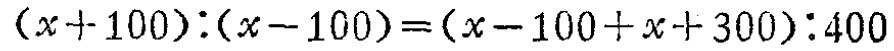
\((x + 100):(x - 100)=(x - 100 + x + 300):400\)